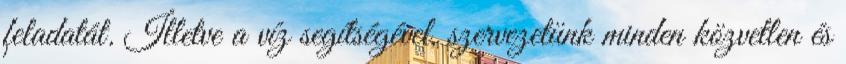
feladatát. Illetve a víz segítségével, szervezetünk minden közvetlen és